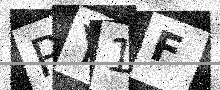
Text: PY1F